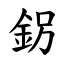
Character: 䤢